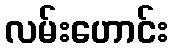
လမ်းဟောင်း